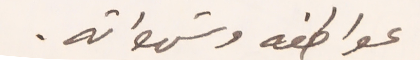
عواطفه وشهواته